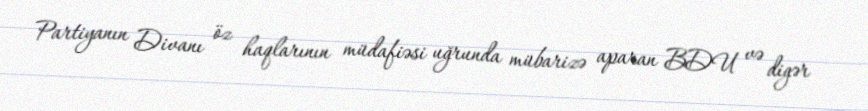
Partiyanın Divanı öz haqlarının müdafiəsi uğrunda mübarizə aparan BDU və digər